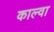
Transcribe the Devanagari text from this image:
काल्वा